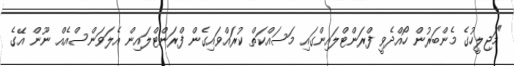
"މަޖިލީހުގެ މެންބަރުން ހޯއްދެވީ ފްރަންޓްލައިންގައި މަސައްކަތް ކުރައްވައިގެން ފްރަންޓްލައިން އެލަވަންސްއެއް ނޫން އޭގެ